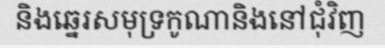
និងឆ្នេរសមុទ្រកូណានិងនៅជុំវិញ